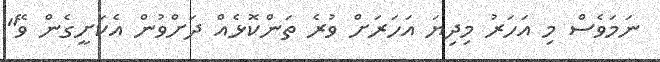
ނަމަވެސް މި އަހަރު މިދިޔަ އަހަރަށް ވުރެ ތަންކޮޅެއް ދަށްވުން އެކަށީގެން ވޭ"